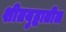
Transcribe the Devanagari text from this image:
शीतयुद्धातील